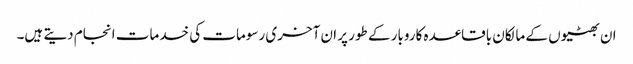
ان بھٹیوں کے مالکان باقاعدہ کاروبار کے طور پر ان آخری رسومات کی خدمات انجام دیتے ہیں۔